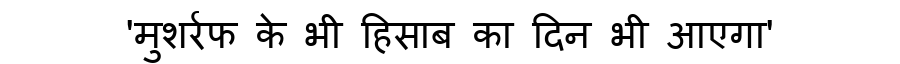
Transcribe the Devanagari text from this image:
'मुशर्रफ के भी हिसाब का दिन भी आएगा'